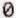
0